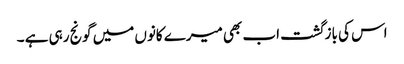
اس کی بازگشت اب بھی میرے کانوں میں گونج رہی ہے ۔